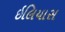
ઇલિયાસ